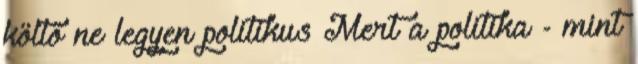
költő ne legyen politikus Mert a politika - mint